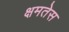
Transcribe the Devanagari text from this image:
क्षमतेस